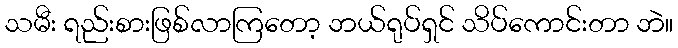
သမီး ရည်းစားဖြစ်လာကြတော့ ဘယ်ရုပ်ရှင် သိပ်ကောင်းတာ ဘဲ။